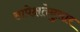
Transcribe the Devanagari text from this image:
सापेक्षतेनुसार